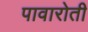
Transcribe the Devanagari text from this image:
पावारोती